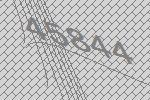
45844